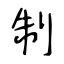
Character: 制